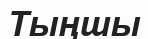
Тыңшы